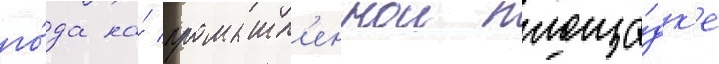
го́да на́ промышл'еннои площа́дк'е